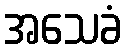
အသေခံ